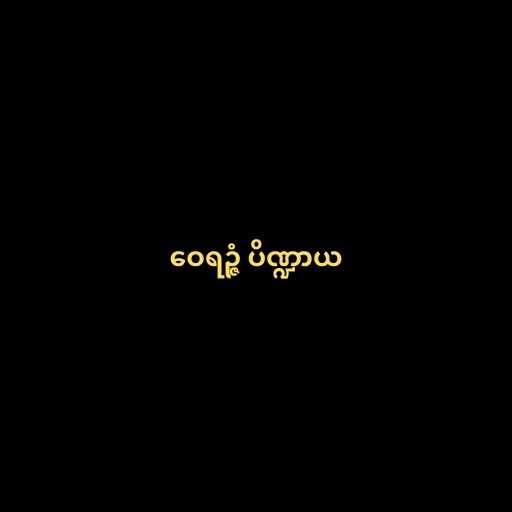
ဝေရဉ္ဇံ ပိဏ္ဍာယ